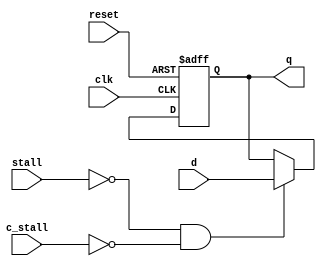
module flopr #(parameter WIDTH = 8)
              (input clk, stall, c_stall, reset,
                input [WIDTH-1:0] d,
                output reg [WIDTH-1:0] q);
  always @(posedge clk, posedge reset) //standard D flipfop
  		if (reset)
  			q <= 0;
  		else if (!stall && !c_stall)
 			q <= d;
endmodule